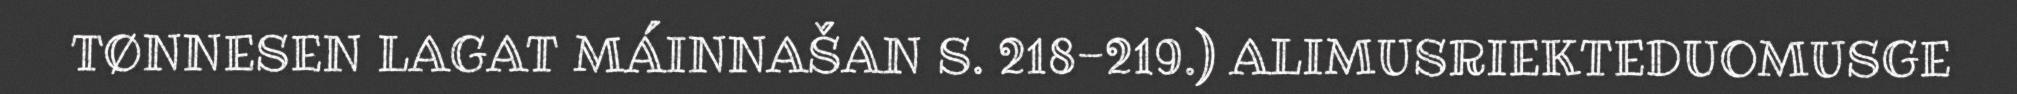
TØNNESEN LAGAT MÁINNAŠAN S. 218-219.) ALIMUSRIEKTEDUOMUSGE